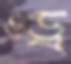
ওড্র